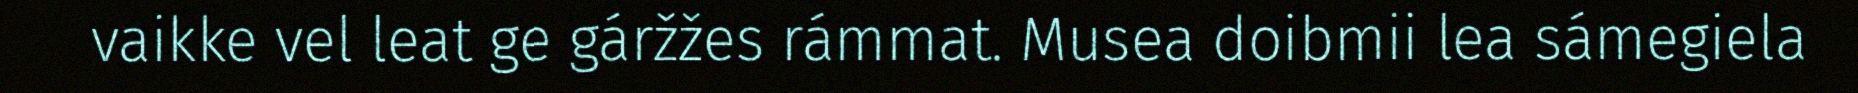
vaikke vel leat ge gáržžes rámmat. Musea doibmii lea sámegiela